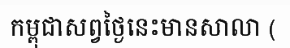
កម្ពុជាសព្វថ្ងៃនេះមានសាលា (